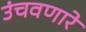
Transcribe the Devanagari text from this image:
उंचवणारे